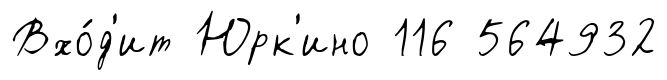
Вхо́д'ит Юрк'ино 116 564932